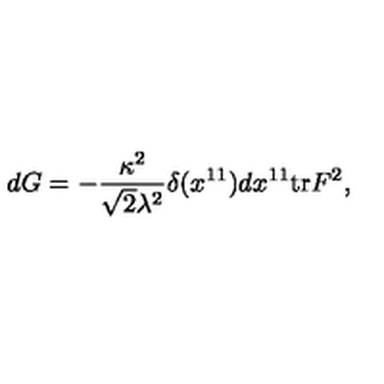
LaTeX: d G = - { \frac { \kappa ^ { 2 } } { \sqrt { 2 } \lambda ^ { 2 } } } \delta ( x ^ { 1 1 } ) d x ^ { 1 1 } \mathrm { t r } F ^ { 2 } ,